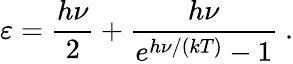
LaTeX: \varepsilon={\frac{h\nu}{2}}+{\frac{h\nu}{e^{h\nu/(kT)}-1}}~.